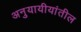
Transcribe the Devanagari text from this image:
अनुयायीयांतील